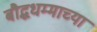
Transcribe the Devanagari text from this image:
बौद्धधम्माच्या